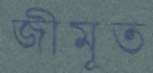
জীমূত